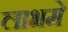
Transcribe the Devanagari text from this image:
लाभमे